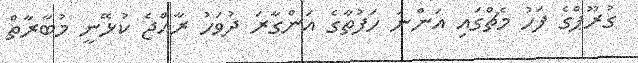
ގުރޫޕްގެ ފަހު މެޗްގައި އަންނަ ހަފުތާގެ އަންގާރަ ދުވަހު ރާއްޖެ ކުޅޭނީ މުބާރާތް